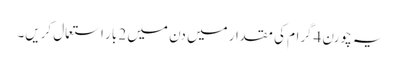
یہ چورن 4گرام کی مقدار میں دن میں 2 بار استعمال کریں۔